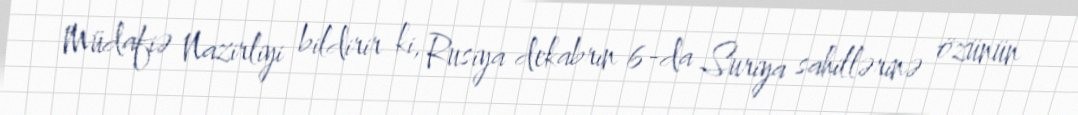
Müdafiə Nazirliyi bildirir ki, Rusiya dekabrın 6-da Suriya sahillərinə özünün